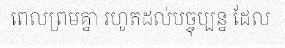
ពេលព្រមគ្នា រហូតដល់បច្ចុប្បន្ន ដែល